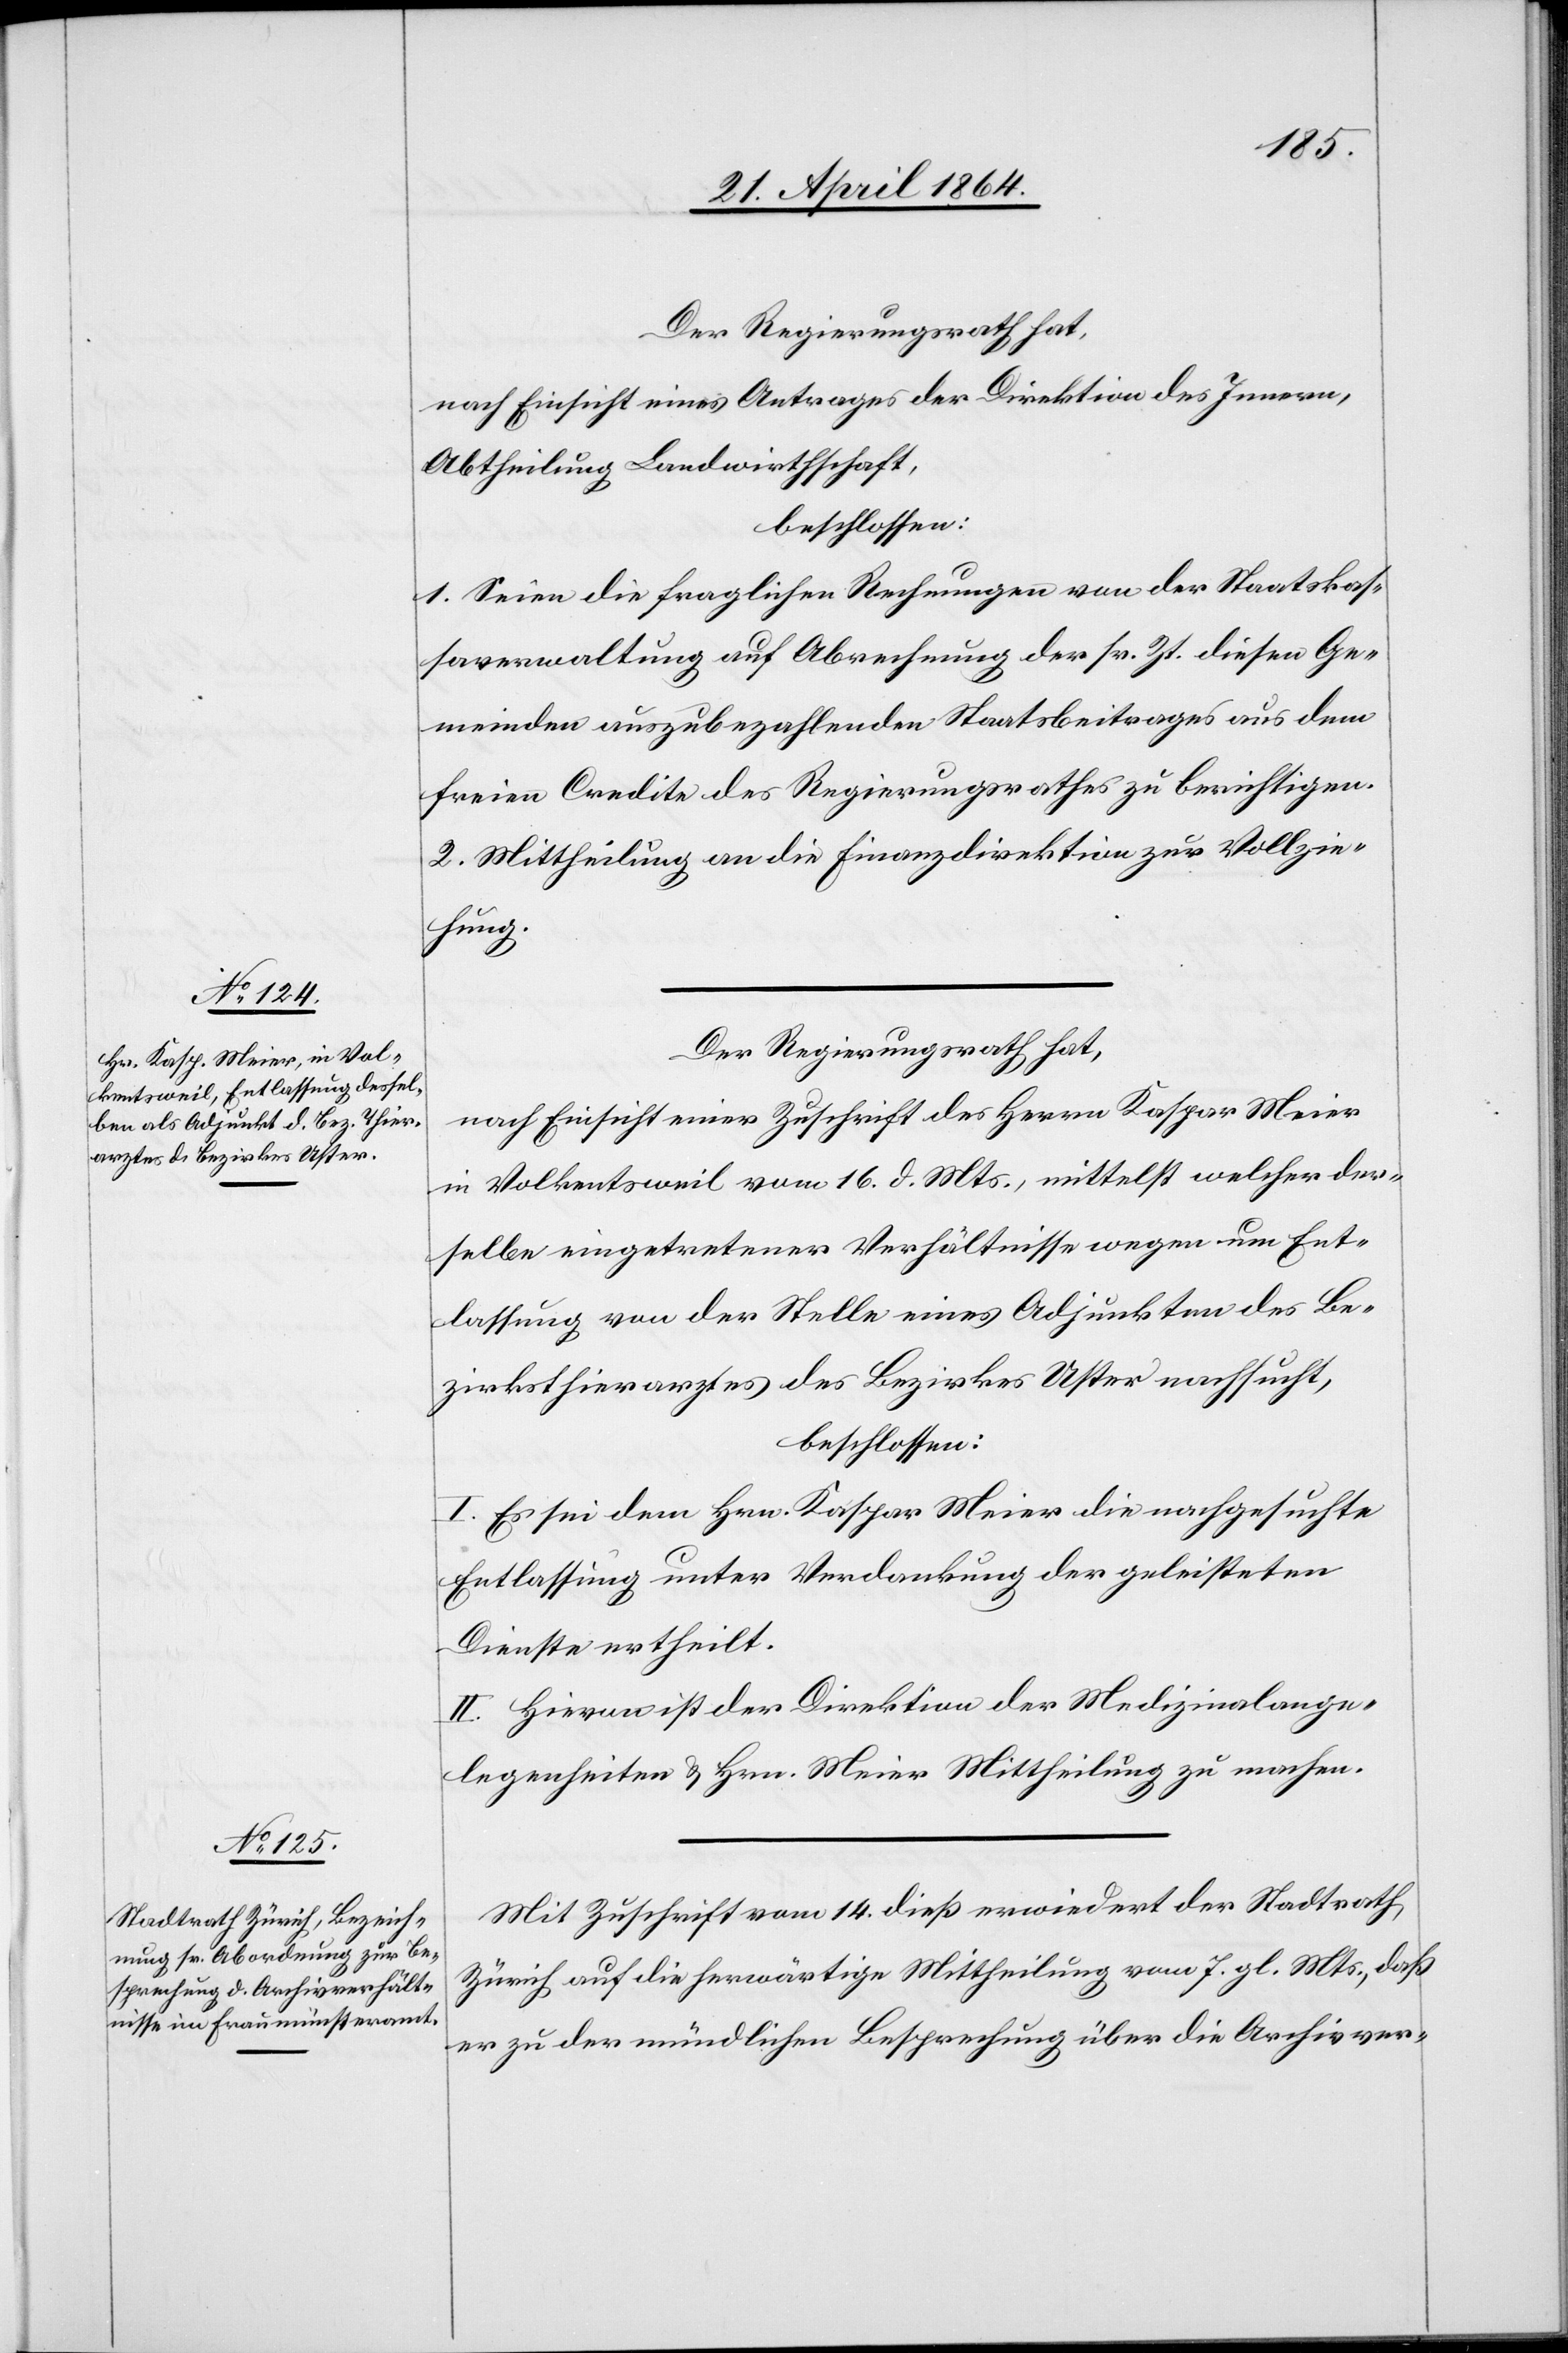
Der Regierungsrath hat,
nach Einsicht eines Antrages der Direktion des Innern,
Abtheilung Landwirtschaft,
beschlossen:
1. Seien die fraglichen Rechnungen von der Staatskas¬
saverwaltung auf Abrechnung der [sic!] sr. Zt. diesen Ge¬
meinden auszubezahlenden Staatsbeitrages aus dem
freien Credite des Regierungsrathes zu berichtigen.
2. Mittheilung an die Finanzdirektion zur Vollzie¬
hung.
Der Regierungsrath hat,
nach Einsicht einer Zuschrift des Herrn Kaspar Meier
in Volkentsweil vom 16. d. Mts., mittelst welcher der¬
selbe eingetretener Verhältnisse wegen um Ent¬
lassung von der Stelle eines Adjunkten des Be¬
zirksthierarztes des Bezirkes Uster nachsucht,
beschlossen:
I. Es sei dem Hrn. Kaspar Meier die nachgesuchte
Entlassung unter Verdankung der geleisteten
Dienste ertheilt.
II. Hievon ist der Direktion der Medizinalange¬
legenheiten u Hrn. Meier Mittheilung zu machen.
Mit Zuschrift vom 14. dieß erwiedert der Stadtrath
Zürich auf die herwärtige Mittheilung vom 7. gl. Mts., daß
er zu der mündlichen Besprechung über die Archivver-